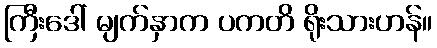
ကြီးဒေါ် မျက်နှာက ပကတိ ရိုးသားဟန်။